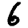
Digit: 6